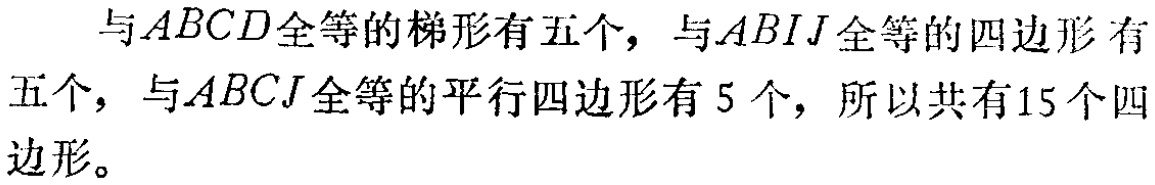
与\(ABCD\)全等的梯形有五个，与\(ABIJ\)全等的四边形 有五个，与\(ABCJ\)全等的平行四边形有\(5\)个，所以共有\(15\)个四边形。